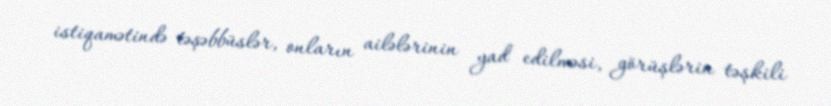
istiqamətində təşəbbüslər, onların ailələrinin yad edilməsi, görüşlərin təşkili